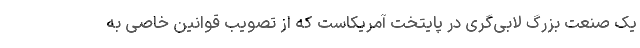
یک صنعت بزرگ لابی‌گری در پایتخت آمریکاست که از تصویب قوانین خاصی به